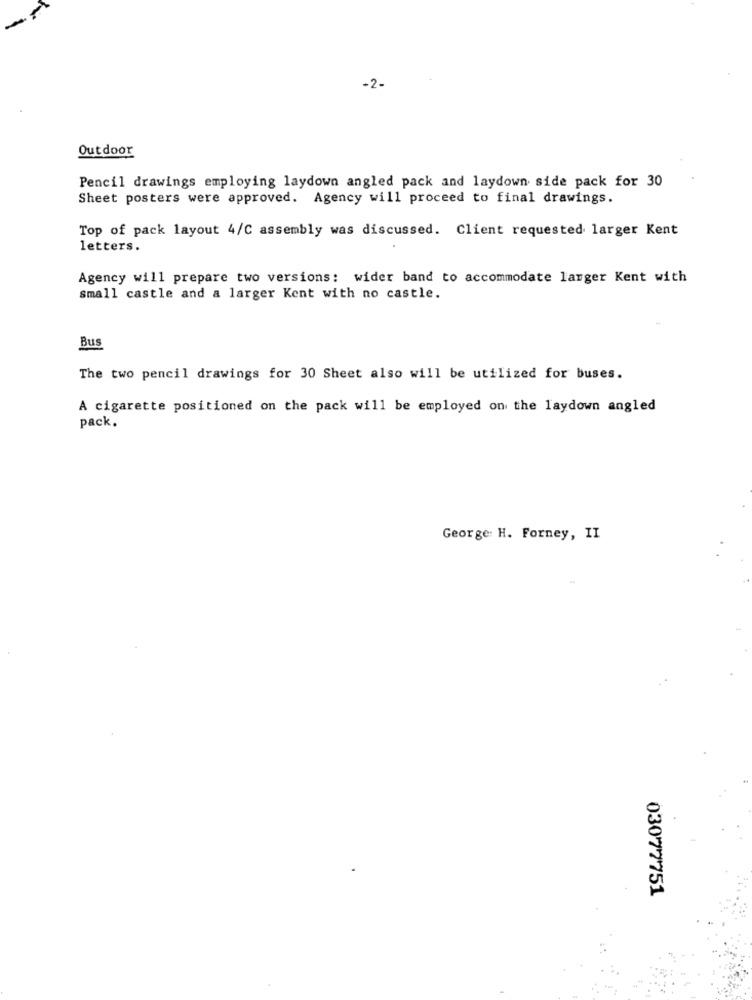
-
-2-
Outdoor
Pencil drawings employing laydown angled pack and laydown side pack for 30
Sheet posters were approved. Agency will proceed to final drawings.
Top of pack layout 4/C assembly was discussed. Client requested larger Kent
letters.
Agency will prepare two versions: wider band to accommodate larger Kent with
small castle and a larger Kent with no castle.
Bus
The two pencil drawings for 30 Sheet also will be utilized for buses.
A cigarette positioned on the pack will be employed on the laydown angled
pack.
George: H. Forney, II
03077751